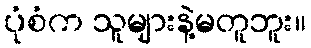
ပုံစံက သူများနဲ့မတူဘူး။